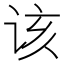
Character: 该